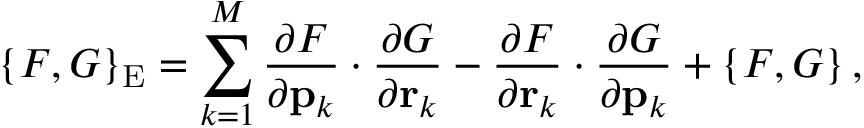
\left\{ F , G \right\} _ { \mathrm { E } } = \sum _ { k = 1 } ^ { M } { \frac { \partial F } { \partial { \bf p } _ { k } } \cdot \frac { \partial G } { \partial { \bf r } _ { k } } - \frac { \partial F } { \partial { \bf r } _ { k } } \cdot \frac { \partial G } { \partial { \bf p } _ { k } } } + \left\{ F , G \right\} ,